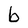
Character: b